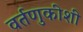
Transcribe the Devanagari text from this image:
वर्तणुकीशी